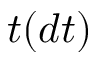
t ( d t )